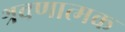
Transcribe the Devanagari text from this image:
श्रवणात्मक